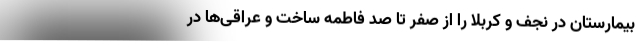
بیمارستان در نجف و کربلا را از صفر تا صد فاطمه ساخت و عراقی‌ها در